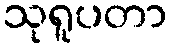
သုရူပတာ